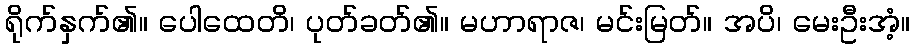
ရိုက်နှက်၏။ ပေါထေတိ၊ ပုတ်ခတ်၏။ မဟာရာဇ၊ မင်းမြတ်။ အပိ၊ မေးဦးအံ့။